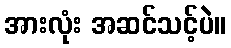
အားလုံး အဆင်သင့်ပဲ။